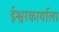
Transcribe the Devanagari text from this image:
ईश्वरकार्याला